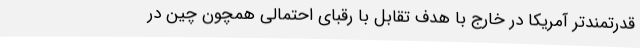
قدرتمندتر آمریکا در خارج با هدف تقابل با رقبای احتمالی همچون چین در